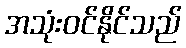
အသုံးဝင်နိုင်သည်